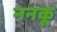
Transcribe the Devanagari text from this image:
ननकू